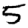
Digit: 5